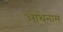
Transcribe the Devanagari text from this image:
ओथेनाम